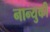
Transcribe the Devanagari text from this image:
नान्युकी